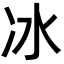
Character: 冰